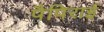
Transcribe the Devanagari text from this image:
पैपिराई